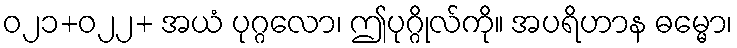
ဝ၂၁+၀၂၂+ အယံ ပုဂ္ဂလော၊ ဤပုဂ္ဂိုလ်ကို။ အပရိဟာန ဓမ္မော၊